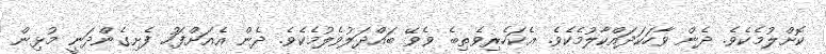
ކޮށްލުމެކެވެ. ދެން ވާހަކަދައްކާލުމެކެވެ. އެކަހެރިވެތިބެ ވެވޭ ބައްދަލުވެލުމެކެވެ. ދެން އެއަށްފަހު ފެށިގެންދަނީ މުޅިން